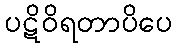
ပဋိဝိရတာပိပေ